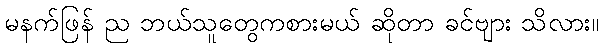
မနက်ဖြန် ည ဘယ်သူတွေကစားမယ် ဆိုတာ ခင်ဗျား သိလား။